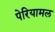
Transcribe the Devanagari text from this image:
पेरियामल